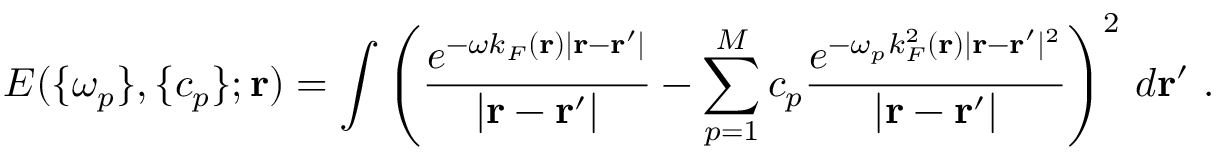
E ( \{ \omega _ { p } \} , \{ c _ { p } \} ; \mathbf { r } ) = \displaystyle \int \left( \frac { e ^ { - \omega k _ { F } ( \mathbf { r } ) | \mathbf { r } - \mathbf { r } ^ { \prime } | } } { | \mathbf { r } - \mathbf { r } ^ { \prime } | } - \displaystyle \sum _ { p = 1 } ^ { M } c _ { p } \frac { e ^ { - \omega _ { p } k _ { F } ^ { 2 } ( \mathbf { r } ) | \mathbf { r } - \mathbf { r } ^ { \prime } | ^ { 2 } } } { | \mathbf { r } - \mathbf { r } ^ { \prime } | } \right) ^ { 2 } \, d \mathbf { r } ^ { \prime } \ .